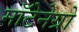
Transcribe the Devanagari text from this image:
मॉटेनेग्रो